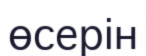
өсерін